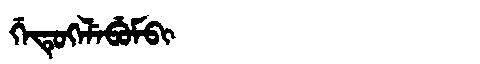
Manchu: ᡤᡝᡨᡠᡴᡝᠯᡝᠪᡠᠮᠪᡳ
Romanization: GETUKELEBUMBI